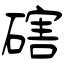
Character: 磍